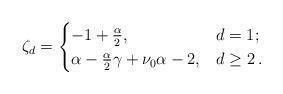
LaTeX: \begin{align*} \zeta_{d} =\begin{cases} -1+\frac{\alpha}{2} , & d=1 ; \\ \alpha -\frac\alpha2\gamma+\nu_0\alpha-2 , & d\geq 2\,. \end{cases} \end{align*}